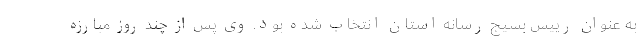
به عنوان رییس بسیج رسانه استان انتخاب شده بود. وی پس از چند روز مبارزه